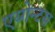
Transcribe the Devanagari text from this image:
एय्गेन्टस